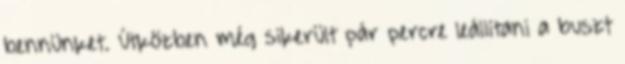
bennünket. Útközben még sikerült pár percre leállítani a buszt